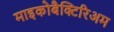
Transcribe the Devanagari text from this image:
माइकोबैक्टिरिअम